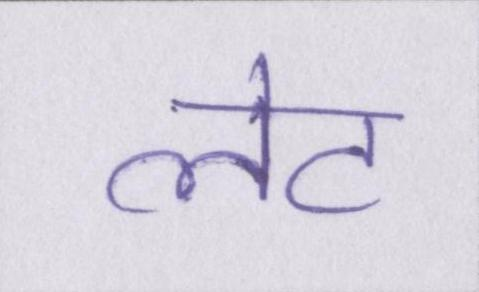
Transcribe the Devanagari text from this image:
लेट